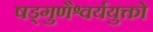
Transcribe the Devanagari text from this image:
षड्गुणैश्वर्ययुक्तो